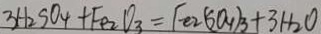
3 H _ { 2 } S O _ { 4 } + F e _ { 2 } O _ { 3 } = F e 2 ( S O _ { 4 } ) _ { 3 } + 3 H _ { 2 } O